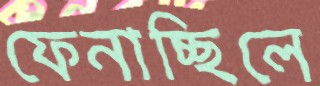
ফেনাচ্ছিলে